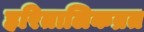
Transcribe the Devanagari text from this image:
हरितालिकव्रत